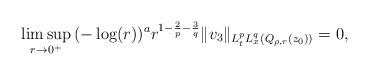
LaTeX: \begin{align*} \limsup_{r \to 0^+} \, (-\log(r))^a r^{1-\frac{2}{p}-\frac{3}{q}} \|v_3\|_{L^p_tL^q_x(Q_{\rho,r}(z_0))} = 0,\end{align*}